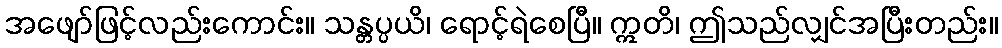
အဖျော်ဖြင့်လည်းကောင်း။ သန္တပ္ပယိ၊ ရောင့်ရဲစေပြီ။ ဣတိ၊ ဤသည်လျှင်အပြီးတည်း။